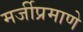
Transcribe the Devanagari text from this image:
मर्जीप्रमाणे